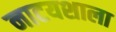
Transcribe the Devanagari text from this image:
नाटयशाला